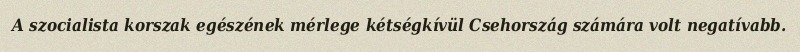
A szocialista korszak egészének mérlege kétségkívül Csehország számára volt negatívabb.